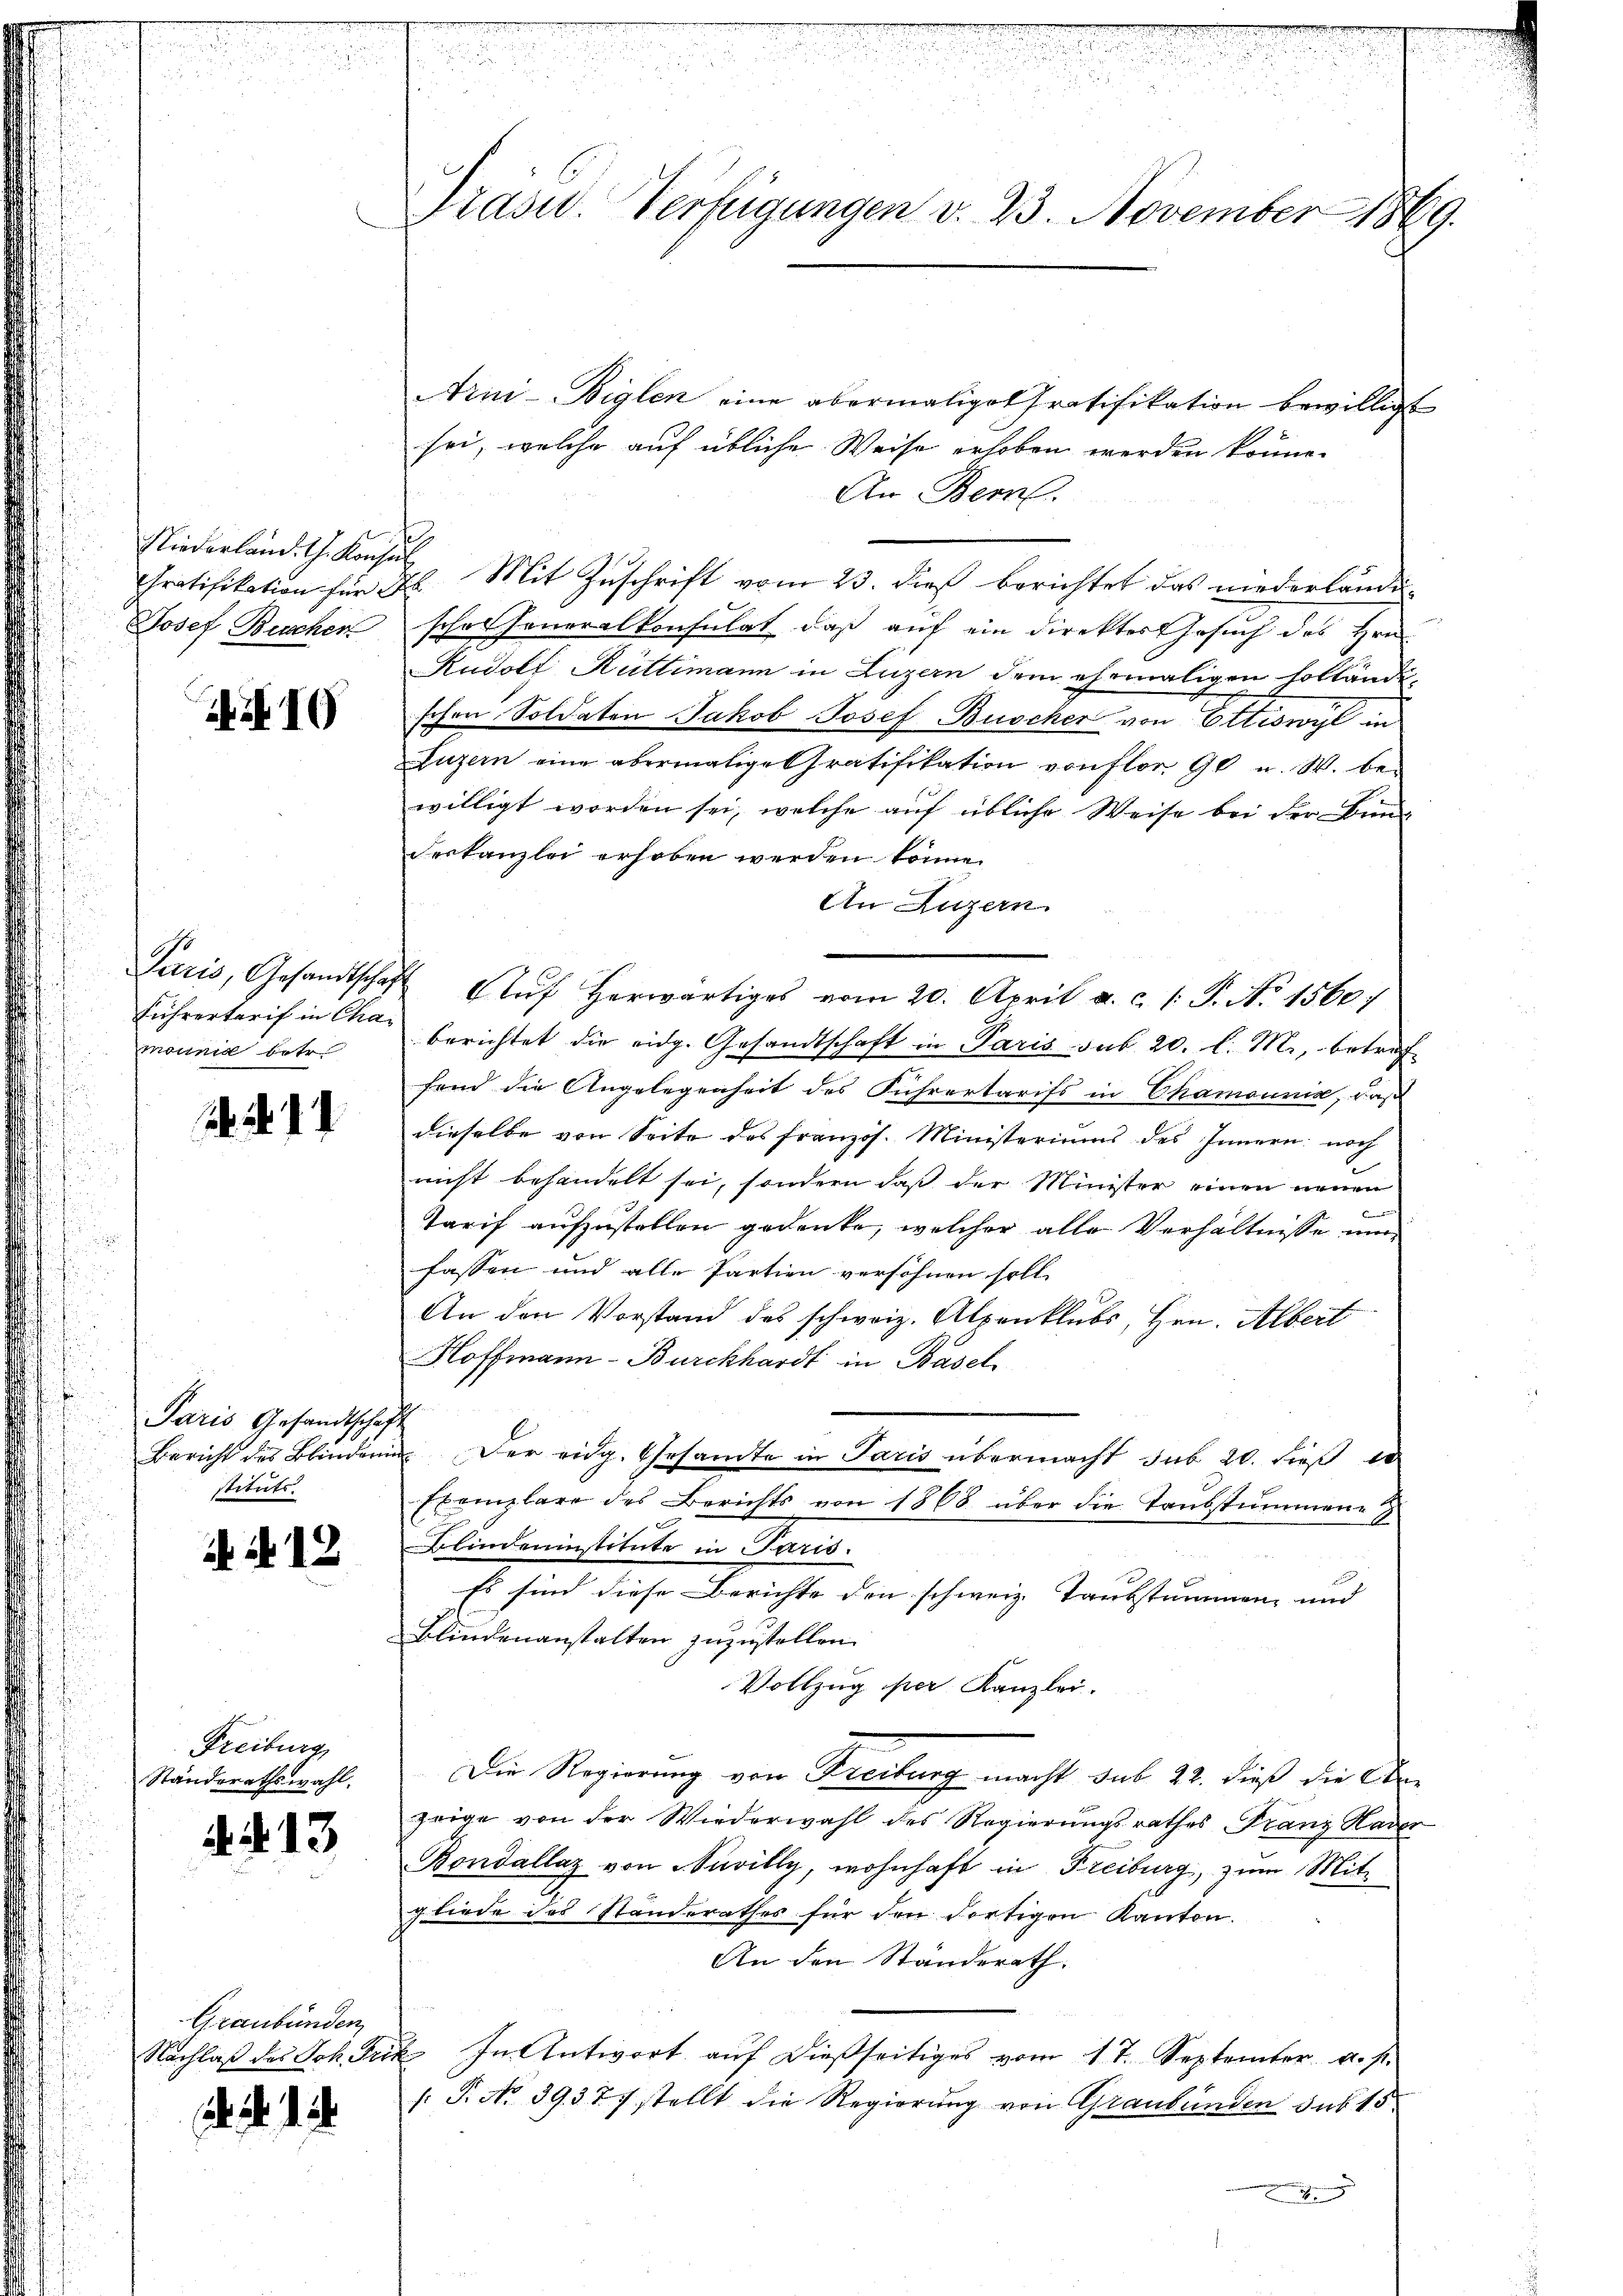
Niederland. Ch. Konsul
Gratifikation für d
Josef Buscher

Nr. 10

Puris, Gesandtschaf
Führertarif in Chamomnia betr.

. d. d. d.

Paris Gesandtschaft
Bericht des Blinderung
stituts.

. N. 12

Freiburg
Standerathswahl.

N. N. 13

Graubünden
Nachlaß des Joh. Frie

. . . .

Prasw. Verfügungen v. 23. November 1869.

Arni-Biglen eine abermalige Gratifikation bewilligt
sei, welche auf übliche Weise erhoben werden könne.
An Bern.
2. Mit Zuschrift vom 23. dieß berichtet das niederländi
scher Generalkonsulat, daß auf ein direktor Gesuch des Hrn.
Rudolf Rüttimann in Luzern dem ehemaligen sollände,
schen Soldaten Jakob Josef Buscher von Ettiswyl in
Luzern eine abermalige Gratifikation von flor 90 u. W. bewilligt worden sei, welche auf übliche Weise bei der Bundeskanzlei erhoben werden könne.
An Luzern.
 Aŭf herwärtiges vom 20. April a. c. 1. P. No 1560.
berichtet die eidg. Gesandtschaft in Paris sub. 20. l. M., beträfhend die Angelegenheit des Führertarifs in Chamounia, daß
dieselbe von Seite des französ. Ministeriums des Innern noch
nicht behandelt sei, sondern daß der Minister einen neuen
e
Tarif aufzustellen gedenke, welcher alle Verhältnisse un
fassen und alle Partien versöhnen soll
An den Vorstand des schweiz. Alpenklubs, Hrn. Albert
Hoffmann - Burckhardt in Basel
Der eidg. Gesamte in Paris übermacht sub 20. dieß 10
Exemplare des Berichts von 1868 über die Taubstummene
Blindeninstitute in Paris.
Es sind diese Berichte den schweiz Taubstimmen und
Blindenanstalten zuzustellen.
Vollzug per Kanzlei.
Die Regierung von Freiburg macht sub 22. dieß die Arzeige von der Wiederwahl des Regierungsrathes Franz Kader
Bondallaz von Nuvilly, wohnhaft in Freiburg, zum Mitgliede des Standerathes für den dortigen Kanton.
An den Ständerath.
E. In Antwort auf dießseitiges vom 17. September u. s.
/: P. No. 39377 stellt die Regierung von Graubünden sub 15